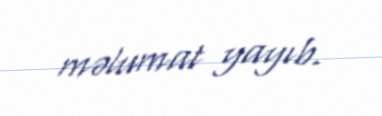
məlumat yayıb.